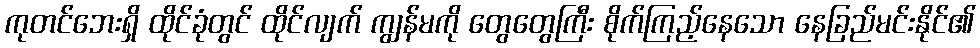
ကုတင်ဘေးရှိ ထိုင်ခုံတွင် ထိုင်လျက် ကျွန်မကို တွေတွေကြီး စိုက်ကြည့်နေသော နေခြည်မင်းနိုင်၏